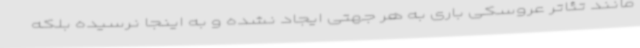
مانند تئاتر عروسکی باری به هر جهتی ایجاد نشده و به اینجا نرسیده بلکه